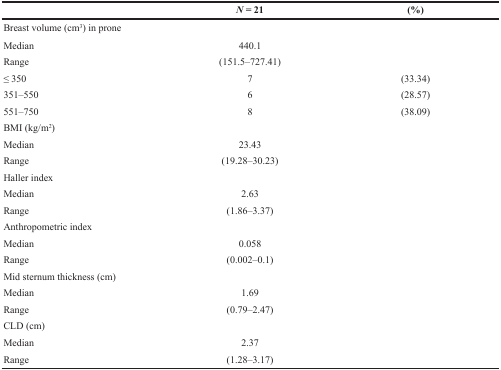
|  | N = 21 | (%) |
 | --- | --- | --- |
 | Breast volume (cm3) in prone |  |  |
 | Median | 440.1 |  |
 | Range | (151.5–727.41) |  |
 | ≤ 350 | 7 | (33.34) |
 | 351–550 | 6 | (28.57) |
 | 551–750 | 8 | (38.09) |
 | BMI (kg/m2) |  |  |
 | Median | 23.43 |  |
 | Range | (19.28–30.23) |  |
 | Haller index |  |  |
 | Median | 2.63 |  |
 | Range | (1.86–3.37) |  |
 | Anthropometric index |  |  |
 | Median | 0.058 |  |
 | Range | (0.002–0.1) |  |
 | Mid sternum thickness (cm) |  |  |
 | Median | 1.69 |  |
 | Range | (0.79–2.47) |  |
 | CLD (cm) |  |  |
 | Median | 2.37 |  |
 | Range | (1.28–3.17) |  |